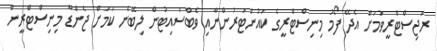
ރަޖިސްޓްރީވުމަށް އެދޭ ފޯމު މިނިސްޓްރީގެ ކައުންޓަރުންނާއި ވެބްސައިޓުން ލިބޭނެ ކަަމަށް ޖެންޑާ މިނިސްޓްރީން